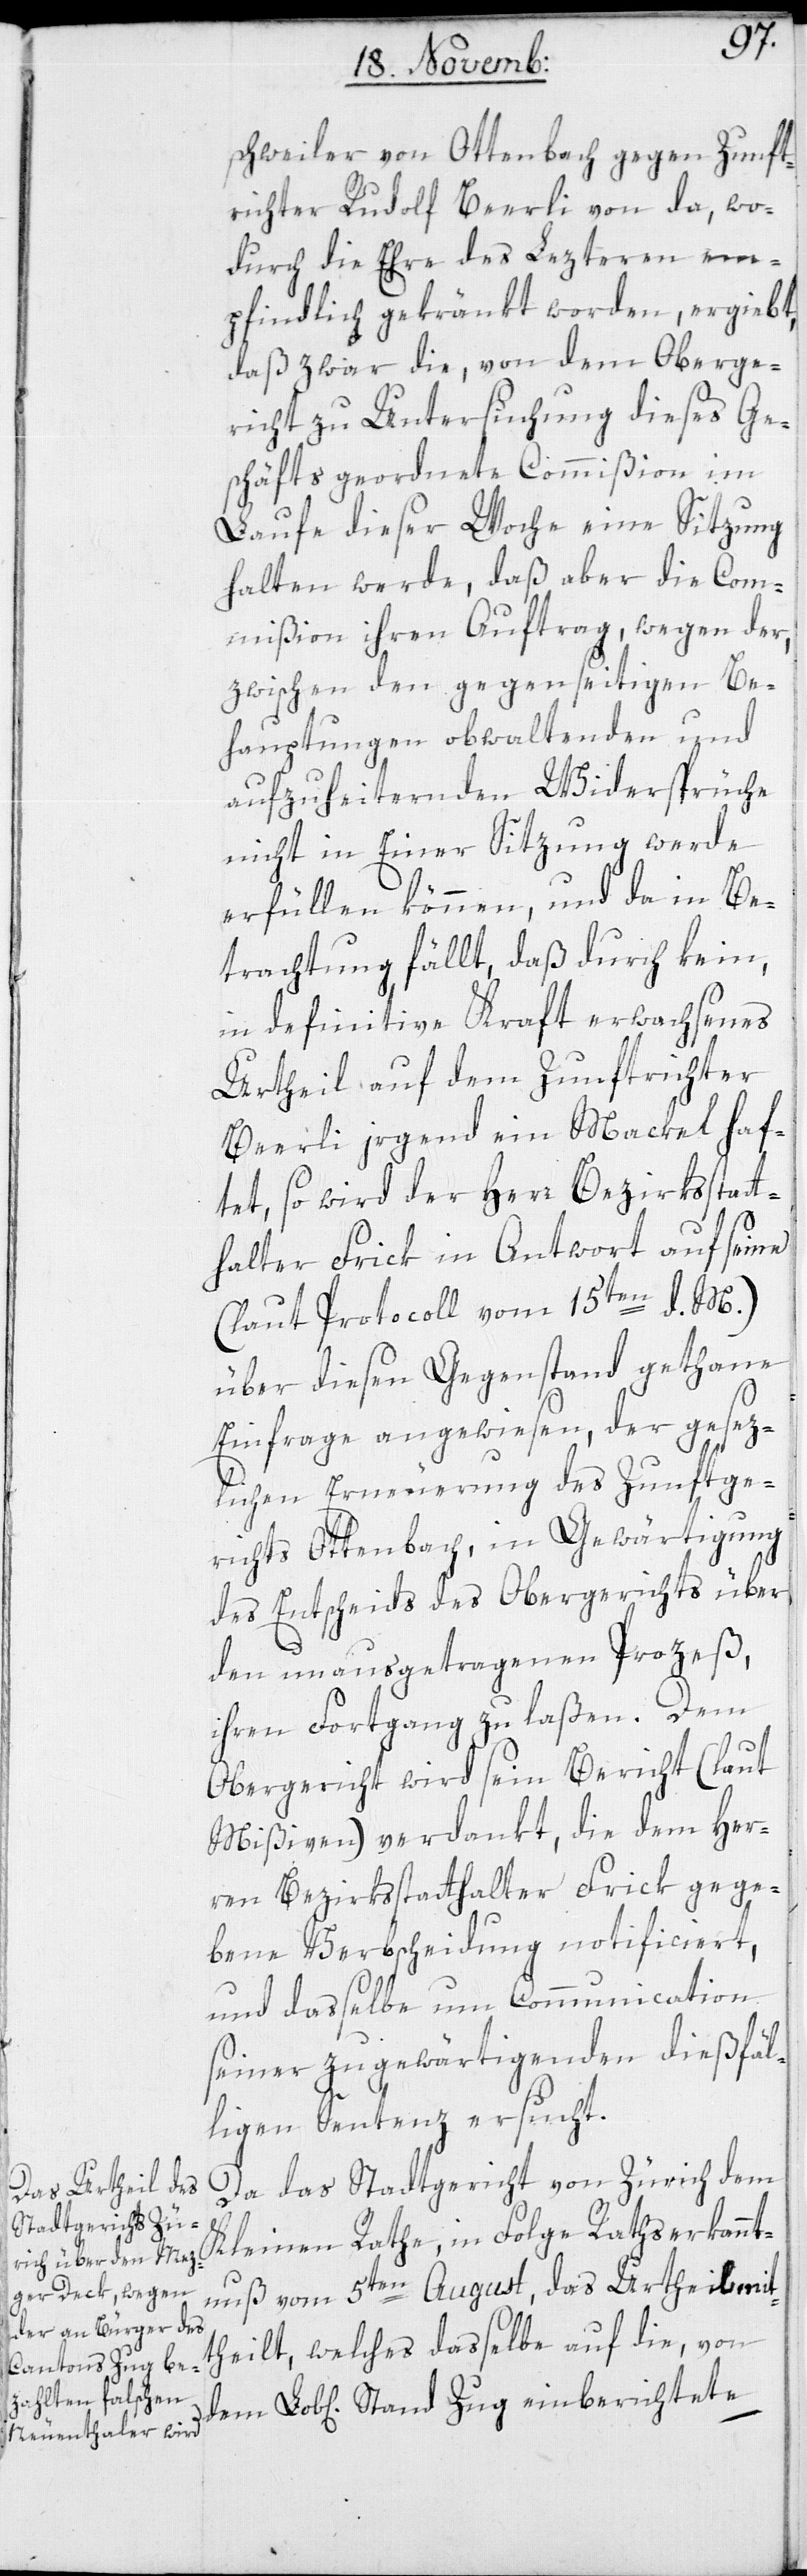
schweiler von Ottenbach gegen Zunft¬
richter Rudolf Beerli von da, wo¬
durch die Ehre des lezteren em¬
pfindlich gekränkt worden, ergiebt,
daß zwar die von dem Oberge¬
richt zu Untersuchung dieses Ge¬
schäfts geordnete Commißion im
Laufe dieser Woche eine Sitzung
halten werde, daß aber die Com¬
mißion ihren Auftrag, wegen der,
zwischen den gegenseitigen Be¬
hauptungen obwaltenden und
aufzuheiternden Widersprüche
nicht in Einer Sitzung werde
erfüllen können, und da in Be¬
trachtung fällt, daß durch kein,
in definitive Kraft erwachsenes
Urtheil auf dem Zunftrichter
Beerli irgend ein Mackel haf¬
tet, so wird der Herr Bezirksstatt¬
halter Frick in Antwort auf seine
(laut Protcoll vom 15ten d. M.)
über diesen Gegenstand gethane
Einfrage angewiesen, der gesetz¬
lichen Erneuerung des Zunftge¬
richts Ottenbach, in Gewärtigung
des Entscheids des Obergerichts über
den unausgetragenen Prozeß,
ihren Fortgang zu laßen. Dem
Obergericht wird sein Bericht (laut
Mißiven) verdankt, die dem Her¬
ren Bezirksstatthalter Frick gege¬
bene Verbescheidung notificiert,
und dasselbe um Communication
seiner zu gewärtigenden dießfäl¬
ligen Sentenz ersucht.
Da das Stadtgericht von Zürich dem
Kleinen Rathe, in Folge Rathserkannt¬
nuß vom 5ten August, das Urtheil mit¬
theilt, welches daßelbe auf die, von